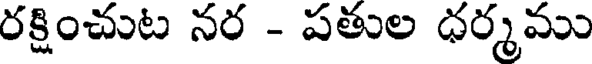
రక్షించుట నర - పతుల ధర్మము